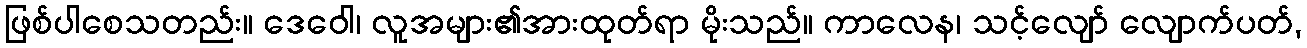
ဖြစ်ပါစေသတည်း။ ဒေဝေါ၊ လူအများ၏အားထုတ်ရာ မိုးသည်။ ကာလေန၊ သင့်လျော် လျောက်ပတ်,